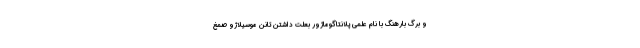
و برگ بارهنگ با نام علمی پلانتاگوماژور بعلت داشتن تانن موسیلاژو صمغ